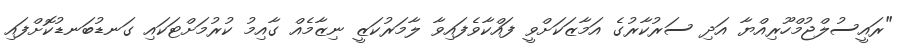
"ރައީސުލްޖުމްހޫރިއްޔާ އަދި ސަރުކާރުގެ އަމާޒަކަށްވީ ފައްކާވެފައިވާ ލާމަރުކަޒީ ނިޒާމެއް ގާއިމު ކުރުމަށްޓަކައި ގަނޑުބަނޑުކޮށްފައި